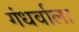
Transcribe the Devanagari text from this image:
गंधर्वाला